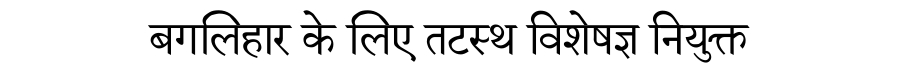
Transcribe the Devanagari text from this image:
बगलिहार के लिए तटस्थ विशेषज्ञ नियुक्त